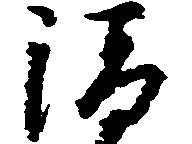
清